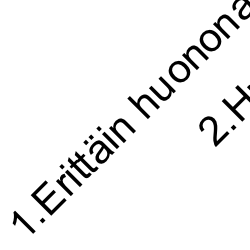
1. Eritt äi n h u o n o 2 n